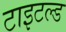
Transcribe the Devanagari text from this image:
टाइटल्ड